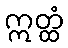
ဣတ္ထံ